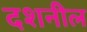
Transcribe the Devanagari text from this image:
दशनील